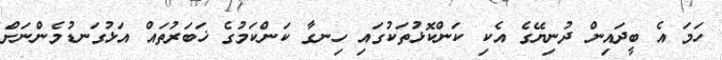
ހަމަ އެ ބީދައިން ދުނިޔޭގެ އެކި ކަންކޮޅުތަކުގައި ހިނގާ ކަންކަމުގެ ޚަބަރުތައް އަޅުގަނޑުމެންނަށް